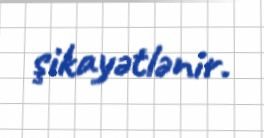
şikayətlənir.